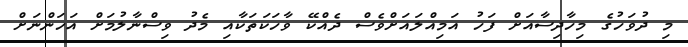
މި ދުވަހުގެ މިހާދިސާއަށް ފަހު އަމިއްލައަށްވެސް ދެއްކޭ ވާހަކަތަކާއި މެދު ވިސްނާލުމަށް އަހަންނަށް